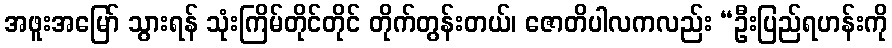
အဖူးအမြော် သွားရန် သုံးကြိမ်တိုင်တိုင် တိုက်တွန်းတယ်၊ ဇောတိပါလကလည်း “ဦးပြည်ရဟန်းကို